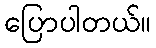
ပြောပါတယ်။